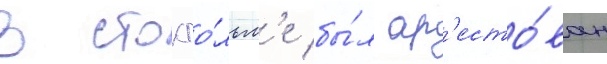
В стокго́льм'е бы́л ар'есто́ван